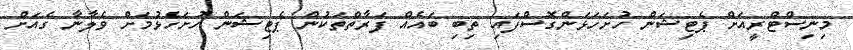
މިނިސްޓްރީއަށް ޕެޓިޝަން ހުށަހަޅަންގޮސްފައި ތިބި ބައެއް ފަރާތްތަކުން ޕެޓިޝަން ހުށަހެޅުމަށް ވެލާނާ ގެއަށް